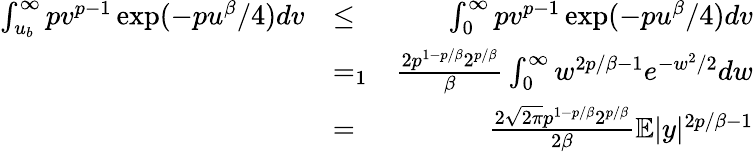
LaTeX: \begin{array}{rlr}{\int_{u_{b}}^{\infty}pv^{p-1}\exp(-pu^{\beta}/4)dv}&{\leq}&{\int_{0}^{\infty}pv^{p-1}\exp(-pu^{\beta}/4)dv}\\ &{=_{1}}&{\frac{2p^{1-p/\beta}2^{p/\beta}}{\beta}\int_{0}^{\infty}w^{2p/\beta-1}e^{-w^{2}/2}dw}\\ &{=}&{\frac{2\sqrt{2\pi}p^{1-p/\beta}2^{p/\beta}}{2\beta}\mathbb{E}|y|^{2p/\beta-1}}\end{array}